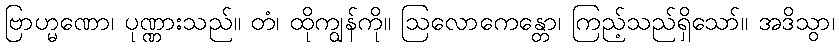
ဗြာဟ္မဏော၊ ပုဏ္ဏားသည်။ တံ၊ ထိုကျွန်ကို။ ဩလောကေန္တော၊ ကြည့်သည်ရှိသော်။ အဒိသွာ၊